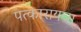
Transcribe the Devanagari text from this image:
पत्कारायचा